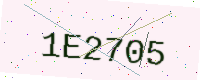
Text: 1E2705